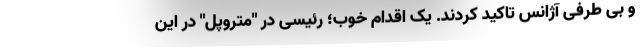
و بی طرفی آژانس تاکید کردند. یک اقدام خوب؛ رئیسی در "متروپل" در این